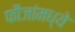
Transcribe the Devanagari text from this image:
फौजांमध्ये